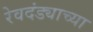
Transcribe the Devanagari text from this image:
रेवदंड्याच्या